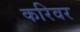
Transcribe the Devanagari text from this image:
करिवर